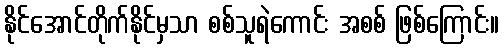
နိုင်အောင်တိုက်နိုင်မှသာ စစ်သူရဲကောင်း အစစ် ဖြစ်ကြောင်း။